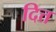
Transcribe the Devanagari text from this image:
दित्त